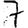
Digit: 7